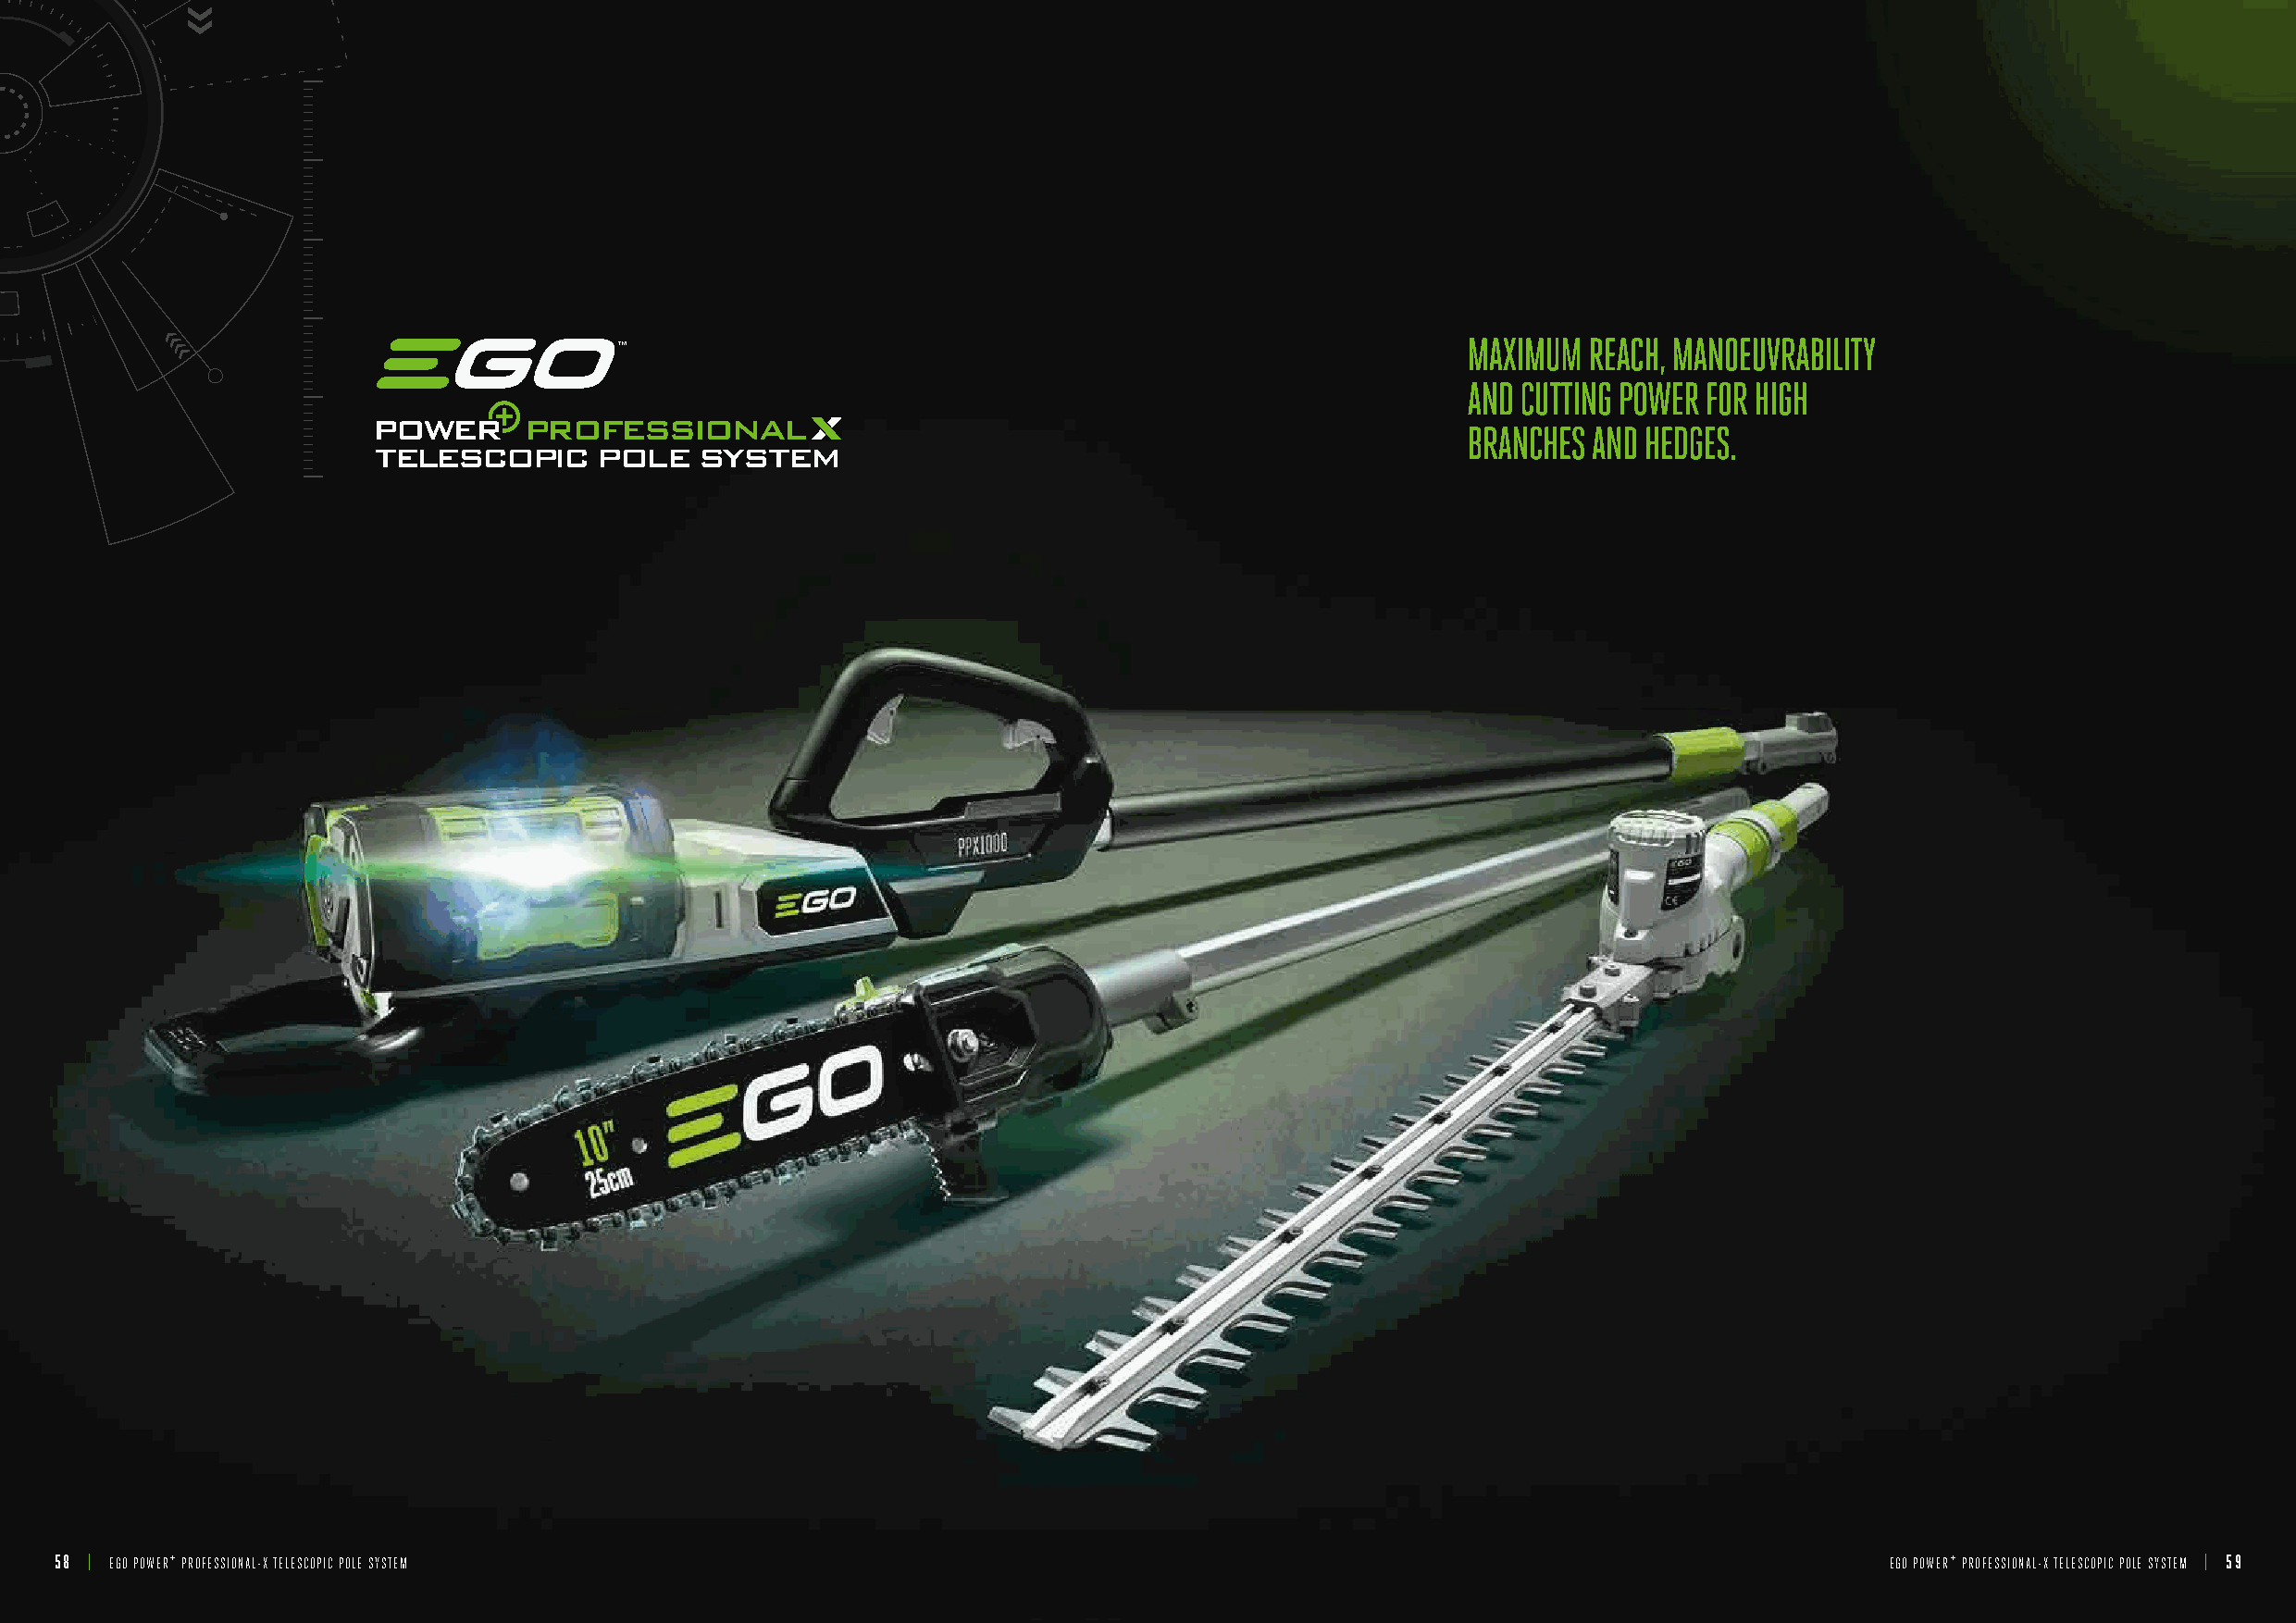
MAXIMUM  REACH, MANOEUVRABILITY
 AND CUTTING POWER FOR HIGH
 POWER     PROFESSIONAL
 BRANCHES AND HEDGES.
 TELESCOPIC      POLE   SYSTEM
 58 | EGO POWER+ PROFESSIONAL-X TELESCOPIC POLE SYSTEM                                                                              EGO POWER+ PROFESSIONAL-X TELESCOPIC POLE SYSTEM | 59